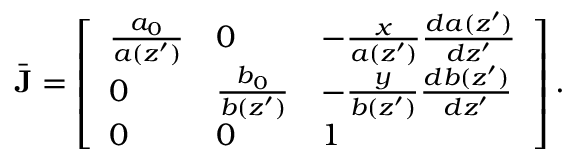
\bar { \bf { J } } = \left[ \begin{array} { l l l } { \frac { a _ { 0 } } { a ( z ^ { \prime } ) } } & { 0 } & { - \frac { x } { a ( z ^ { \prime } ) } \frac { d a ( z ^ { \prime } ) } { d z ^ { \prime } } } \\ { 0 } & { \frac { b _ { 0 } } { b ( z ^ { \prime } ) } } & { - \frac { y } { b ( z ^ { \prime } ) } \frac { d b ( z ^ { \prime } ) } { d z ^ { \prime } } } \\ { 0 } & { 0 } & { 1 } \end{array} \right] .